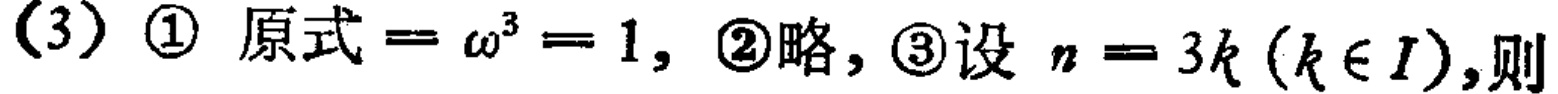
(3) \textcircled{1} 原式$=\omega^{3}=1$, \textcircled{2}略, \textcircled{3}设$n = 3k(k\in I)$,则